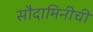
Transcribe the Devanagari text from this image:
सौदामिनीची